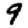
Digit: 9